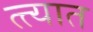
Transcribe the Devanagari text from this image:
त्त्यात